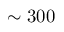
\sim 3 0 0